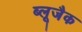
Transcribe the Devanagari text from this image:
ब्लूजैक